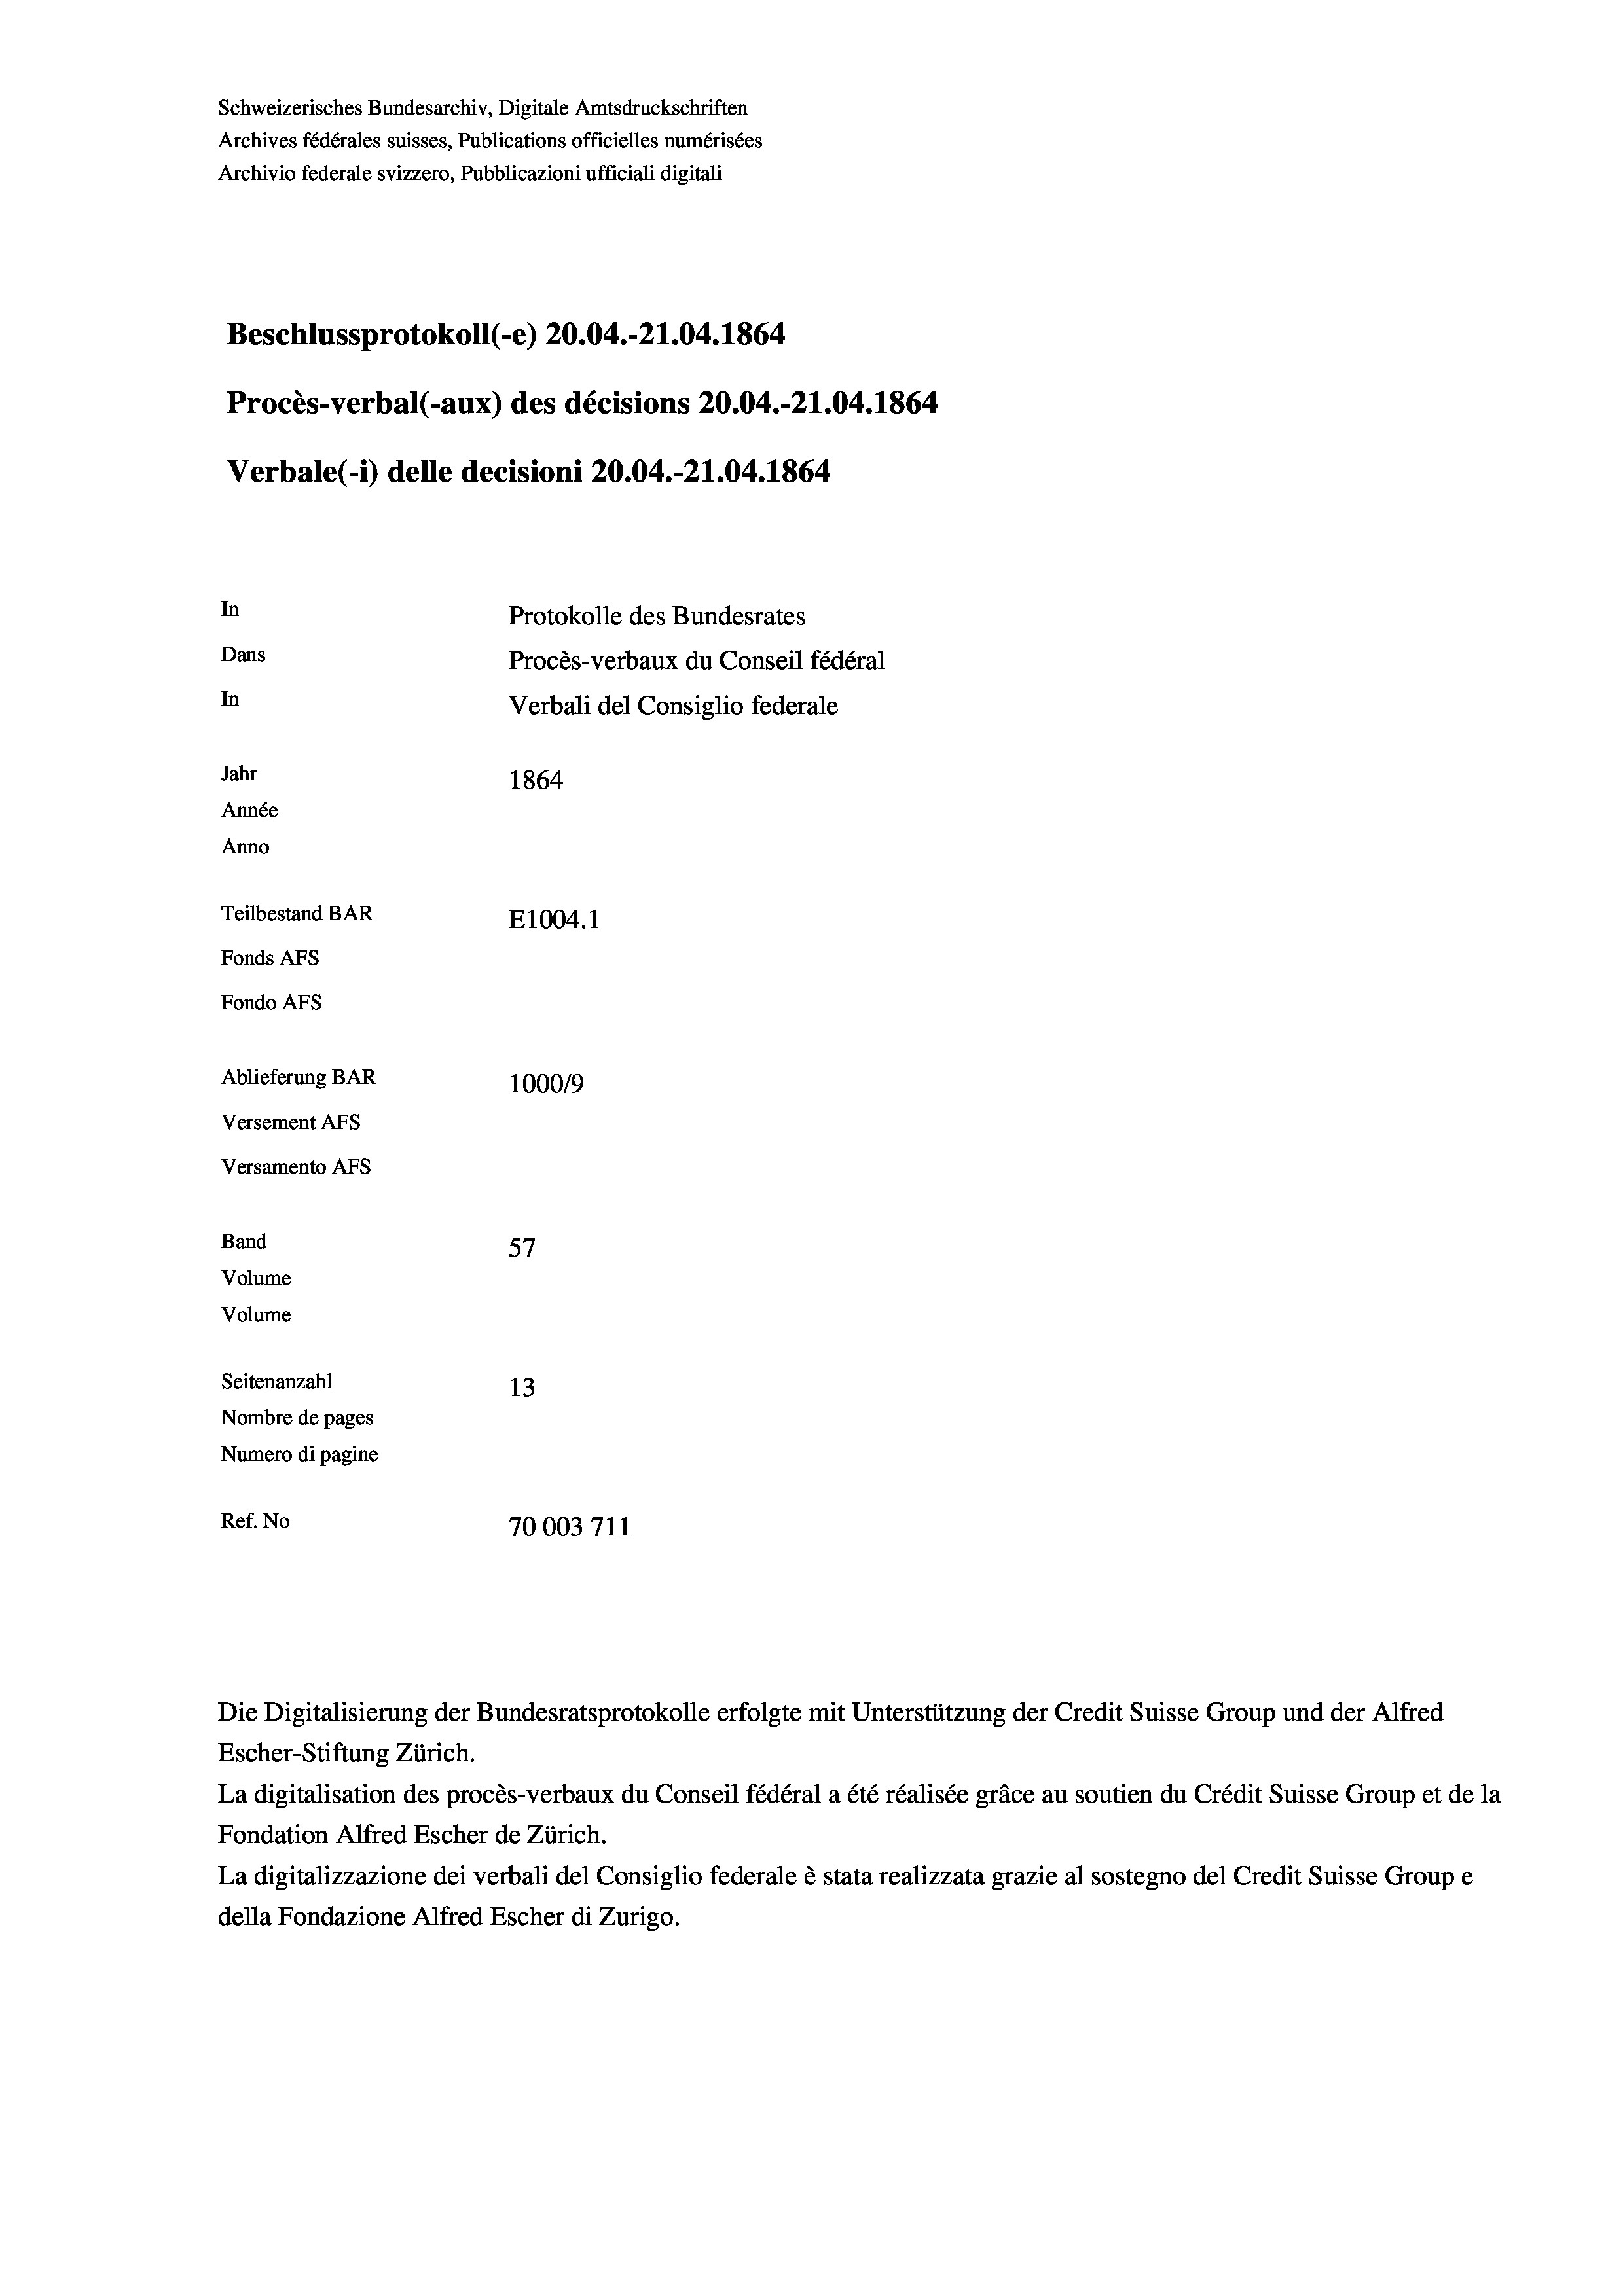
Schweizerisches Bundesarchiv, Digitale Amtsdruckschriften
Archives fédérales suisses, Publications officielles numérisées
Archivio federale svizzero, Pubblicazioni ufficiali digitali
Beschlussprotokoll (-e) 20.04.-21.04. 1864
Procès-verbal (-aux) des décisions 20.04.-21.04. 1864
Verbale (- 1) delle decisioni 20.04.-21.04. 1864.
In
Protokolle des Bundesrates
Dans
Procès-verbaux du Conseil fédéral
In
Verbali del Consiglio federale
Jahr
1864
Année
Anno
Teilbestand BAR
E1004.1
Fonds AFs
Fondo AFS
Ablieferung BAR
100019
Versement AFs
Versamento AFs
f
Band
57
Volume
Volume
Seitenanzahl
13
Nombre de pages
Numero di pagine
Ref. No
70003711

La digitalisation des procès-verbaux du Conseil fédéral a été réalisée gräce au soutien du Crédit Suisse Group et de la
Fondation Alfred Escher de Zürich.
La digitalizzazione dei verbali del Consiglio federale è stata realizzata grazie al sostegno del Credit Suisse Groupe
della Fondazione Alfred Escher di Zurigo.

Die Digitalisierung der Bundesratsprotokolle erfolgte mit Unterstützung der Credit Suisse Group und der Alfred
Escher-Stiftung Zürich.